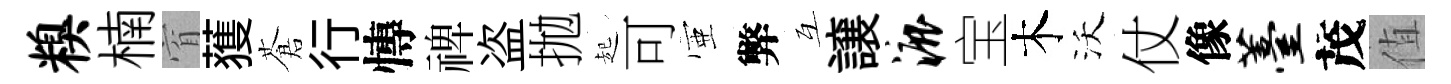
糗楠窅𫉬蒼行慱禆盗拋起可壺弊互譲漉宝木沃仗像薹茂值